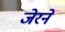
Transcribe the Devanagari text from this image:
जेरने